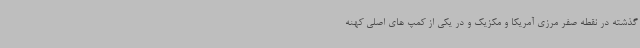
گذشته در نقطه صفر مرزی آمریکا و مکزیک و در یکی از کمپ های اصلی کهنه